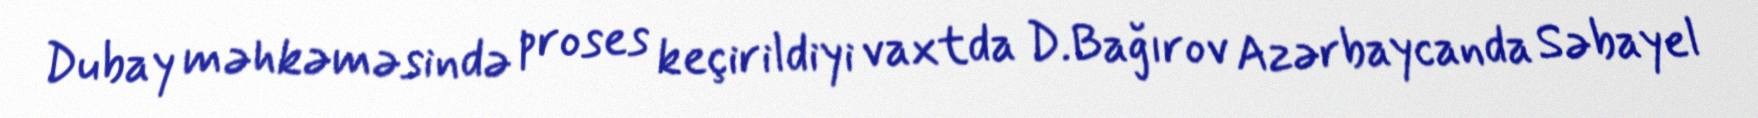
Dubay məhkəməsində proses keçirildiyi vaxtda D.Bağırov Azərbaycanda Səbayel